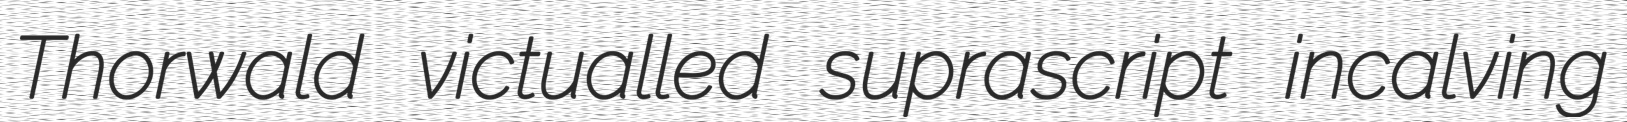
Thorwald victualled suprascript incalving